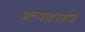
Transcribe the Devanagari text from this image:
अल्महाउसेज